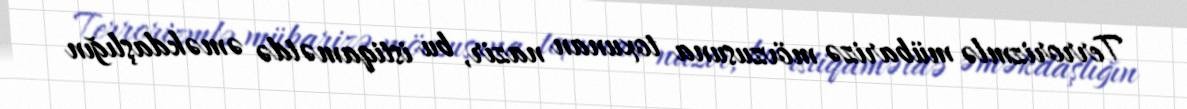
Terrorizmlə mübarizə mövzusuna toxunan nazir, bu istiqamətdə əməkdaşlığın